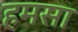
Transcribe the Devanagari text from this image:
हमसा